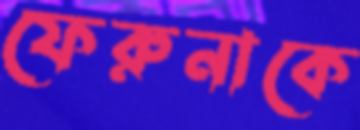
ফেরুনাকে